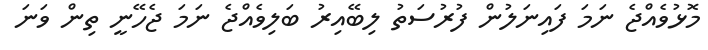
މޮޅުވެއްޖެ ނަމަ ފައިނަލުން ފުރުސަތު ލިބޭއިރު ބަލިވެއްޖެ ނަމަ ޖެހޭނީ ތިން ވަނަ